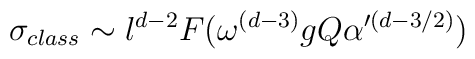
\sigma_{class} \sim l^{d-2} F(\omega^{(d-3)}g Q \alpha '^{(d-3/2)})